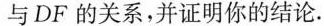
与DF的关系，并证明你的结论。